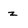
Character: z